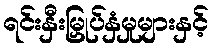
ရင်းနှီးမြှုပ်နှံမှုများနှင့်